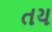
તય